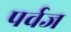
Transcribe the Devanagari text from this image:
पर्वज